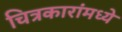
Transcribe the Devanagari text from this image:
चित्रकारांमध्ये